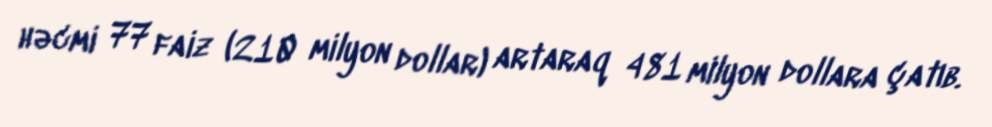
həcmi 77 faiz (210 milyon dollar) artaraq 481 milyon dollara çatıb.